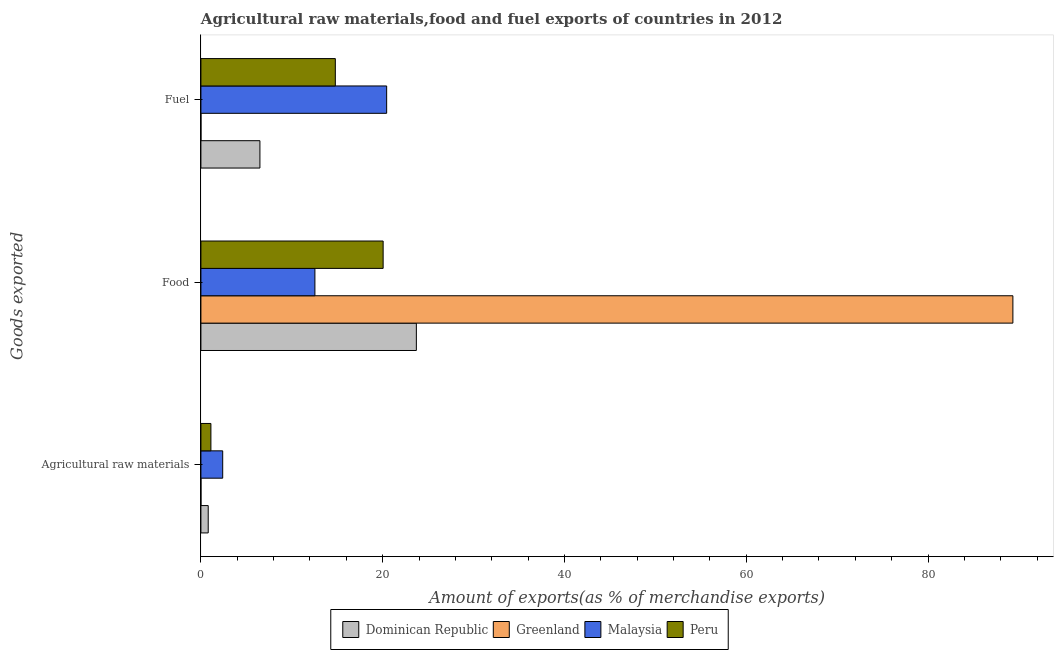
| Goods exported | Dominican Republic | Greenland | Malaysia | Peru |
 | --- | --- | --- | --- | --- |
 | Agricultural raw materials | 0.803 | 0.000534 | 2.4 | 1.1 |
 | Food | 23.7 | 89.3 | 12.5 | 20 |
 | Fuel | 6.49 | 0.000125 | 20.4 | 14.8 |